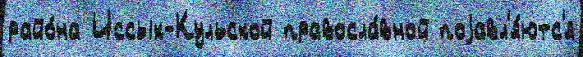
райо́на Иссык-Кульской правосла́вной поjавл'я́ютс'я